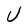
Character: U